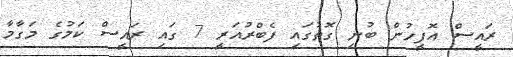
ރައީސް އޮފީހުން ބުނި ގޮތުގައި ފެބްރުއަރީ 7 ގައި ރައީސް ކަމުގެ މަގާމާ